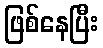
ဖြစ်နေပြီး